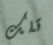
تلك